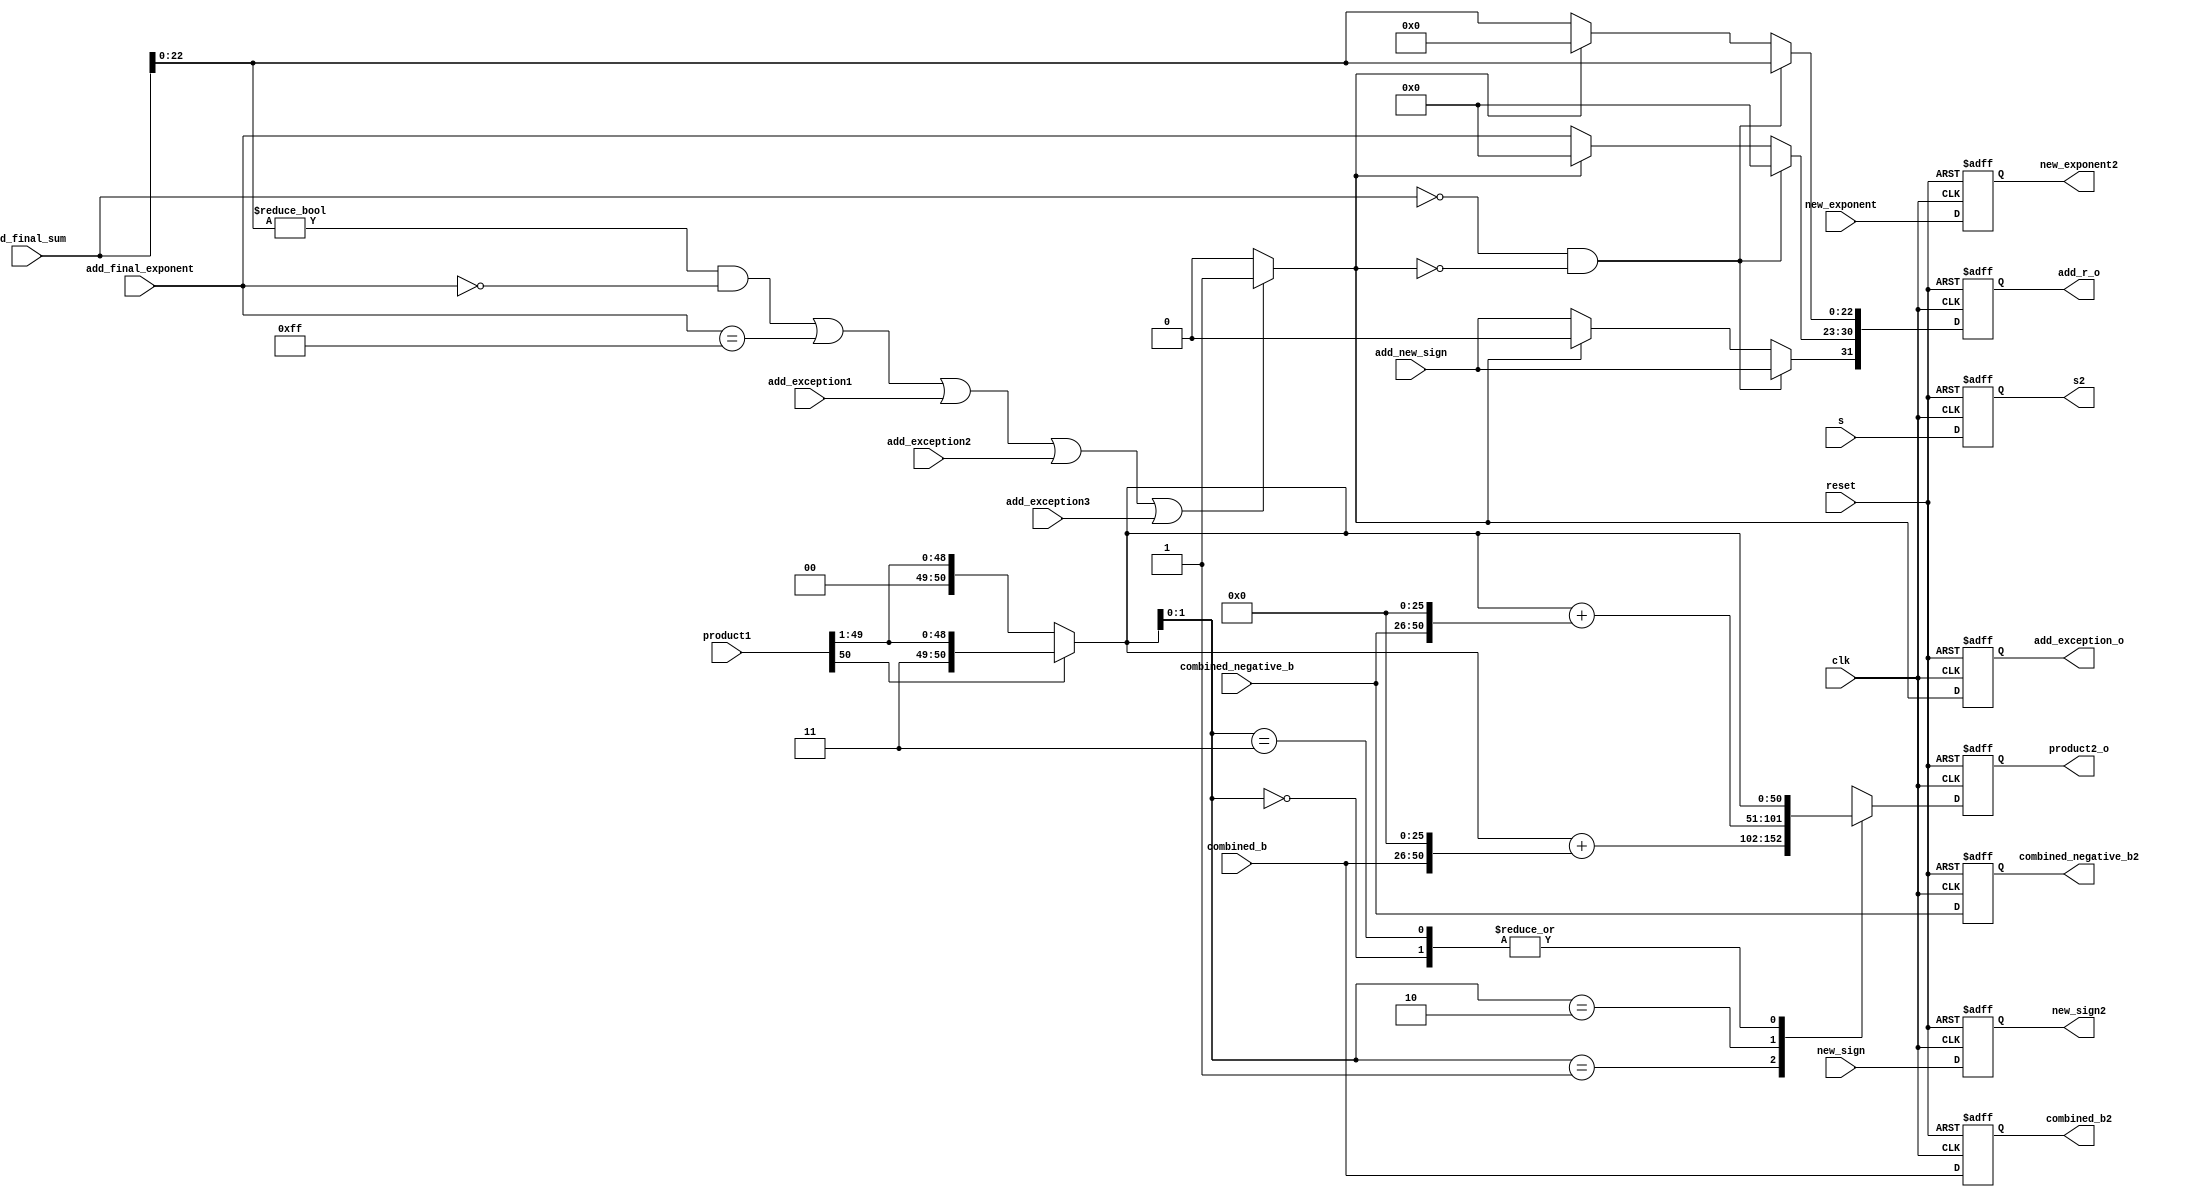
module booth5(clk, reset, product1 ,combined_b, combined_negative_b, product2_o,combined_b2, combined_negative_b2,new_exponent,new_exponent2,new_sign,new_sign2,add_final_exponent, add_final_sum, add_new_sign, add_r_o,add_exception1,add_exception2,add_exception3,add_exception_o,s,s2); 

input [8:0]new_exponent;
output reg [8:0] new_exponent2;
input [24:0]combined_b, combined_negative_b;
output reg [50:0] product2_o;
input [50:0] product1;
input clk, reset;
output reg[24:0]combined_b2, combined_negative_b2;
input s;

output reg s2;

reg [51:0] product_temp3;
reg [50:0] product2,product_shift,product_temp2;

input new_sign;
output reg new_sign2;

//adder

input [24:0] add_final_sum;
input [7:0] add_final_exponent;
input add_new_sign;
input add_exception1,add_exception2,add_exception3;

output reg[31:0]add_r_o;
output reg add_exception_o;

reg[31:0]add_r;
reg add_exception;

always@(posedge clk or negedge reset)
begin
	if(!reset)
		begin
		product2_o <= 50'b0;
		combined_b2 <= 25'b0;
		combined_negative_b2 <= 25'b0;
		new_exponent2 <= 8'b0;
		new_sign2<= 1'b0;
		s2<=0;
		end
	else
		begin
		product2_o <= product2;
		combined_b2 <= combined_b;
		combined_negative_b2 <= combined_negative_b;
		new_exponent2 <= new_exponent;
		new_sign2<=new_sign;
		s2 <=s;		
		end
end

always@(*)
begin
	
	if(product1[50] == 1'b1)
   product_shift[50:0]= {1'b1, product1[50:1]};
	else if(product1[50] == 1'b0)
	product_shift[50:0] = {1'b0, product1[50:1]};
	else
	product_shift[50:0] = 50'b0;
	
end

 always@(*)
begin

 case(product_shift[1:0])
 
 
 
 2'b00: begin
	
	product2 = product_shift;
	product_temp2 =  50'b0;
		product_temp3 = 52'b0;
	end
	
	2'b01:  begin
		
		product_temp2 = {combined_b, 26'b0};
		product_temp3 = product_shift + product_temp2;
		product2 = product_temp3[50:0];
		end
		
	2'b10: 	begin

		product_temp2 = {combined_negative_b, 26'b0};
		product_temp3 = product_shift + product_temp2;
		product2 = product_temp3[50:0];
		end
		
		2'b11: begin
	
	product2 = product_shift;
	product_temp2 =  50'b0;
		product_temp3 = 52'b0;
	end
	
	endcase
	

end

always@(posedge clk or negedge reset)
begin
	if(!reset)
	begin
	add_r_o	<= 0;
	add_exception_o <= 1'b0;
	end
	else
	begin
	add_r_o <= add_r;
	add_exception_o <= add_exception;
	end
end

always@(*)
begin
	if( (add_final_sum[22:0] != 23'b00000000000000000000000 && add_final_exponent == 8'b00000000)|| add_final_exponent == 8'b11111111 || add_exception1 == 1'b1 || add_exception2 == 1'b1 || add_exception3 == 1'b1)
	add_exception = 1'b1;
	else
	add_exception=1'b0;
end

always@(*)
begin	
	if(add_final_sum == 23'b00000000000000000000000 && add_exception==1'b0)
	begin
	add_r[31] = add_new_sign;
	add_r[30:23] = 8'b00000000;
	add_r[22:0] = add_final_sum[22:0];
	end

	else if(add_exception==1'b0)
	begin
	add_r[30:23] = add_final_exponent;
	add_r[31] = add_new_sign;
	add_r[22:0] = add_final_sum[22:0];
	end
	
	else
	begin
	add_r[30:23] = 8'b0;
	add_r[31] = 1'b0;
	add_r[22:0] = 23'b0;
	end
	
end


endmodule